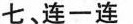
七、连一连